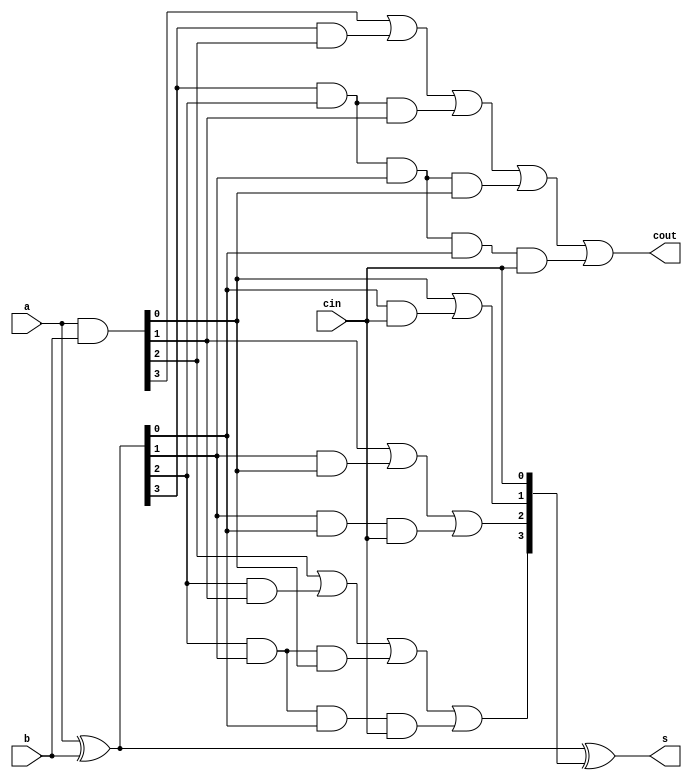
module carry_look_ahead_adder(s, cout, a, b, cin);
    input [3:0] a, b;
    input cin;
    output [3:0] s;
    output cout;
    wire [3:0] p, g, c;
    assign p = a ^ b;
    assign g = a & b;
    assign c[0] = cin;
    assign c[1] = g[0] | (p[0] & c[0]);
    assign c[2] = g[1] | (p[1] & g[0]) | (p[1] & p[0] & c[0]);
    assign c[3] = g[2] | (p[2] & g[1]) | (p[2] & p[1] & g[0]) | (p[2] & p[1] & p[0] & c[0]);
    assign cout = g[3] | (p[3] & g[2]) | (p[3] & p[2] & g[1]) | (p[3] & p[2] & p[1] & g[0]) | (p[3] & p[2] & p[1] & p[0] & c[0]);
    assign s = p ^ c;
endmodule

module cla_stimulus;
	reg [3:0] a, b;
	reg cin;
	wire [3:0] s;
	wire cout;
	carry_look_ahead_adder cla1(s, cout, a, b, cin);
	initial
	begin
	    a = 4'b0000; b = 4'b0000; cin = 1'b0;
	#50 a = 4'b0001; b = 4'b0001;
	#50 a = 4'b0001; b = 4'b0001; cin = 1'b1;
	#50 a = 4'b1010; b = 4'b0101; cin = 1'b0;
	#50 a = 4'b0111; b = 4'b0101;
	#50 a = 4'b1000; b = 4'b1001;
	#50 a = 4'b0011; b = 4'b0011;
	#50 a = 4'b0011; b = 4'b0011; cin = 1'b1;
	#50 a = 4'b1010; b = 4'b0101;
	#200 $finish;
	end
endmodule